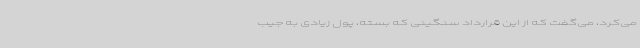
می‌کرد، می‌گفت که از این قرارداد سنگینی که بسته، پول زیادی به جیب